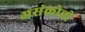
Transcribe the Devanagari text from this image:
असंकोची